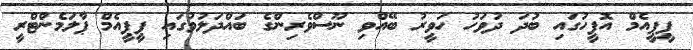
ޕީޕީއެމް އޮފީހުގައި ބުދަ ދުވަހު ހަވީރު ބޭއްވި ނޫސްވެރިންގެ ބައްދަލުވުުގައި ޕީޕީއެމް ޕާލަމެންޓްރީ